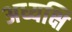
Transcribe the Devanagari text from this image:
अध्यक्षि